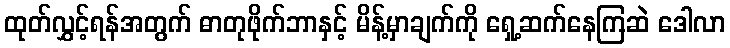
ထုတ်လွှင့်ရန်အတွက် ဓာတုဖိုက်ဘာနှင့် မိန့်မှာချက်ကို ရှေ့ဆက်နေကြဆဲ ဒေါလာ